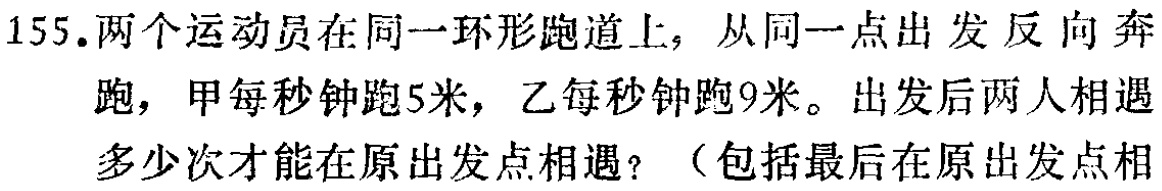
155.两个运动员在同一环形跑道上，从同一点出发反向奔跑，甲每秒钟跑5米，乙每秒钟跑9米。出发后两人相遇多少次才能在原出发点相遇？（包括最后在原出发点相